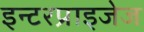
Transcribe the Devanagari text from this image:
इन्टरप्राइजेज